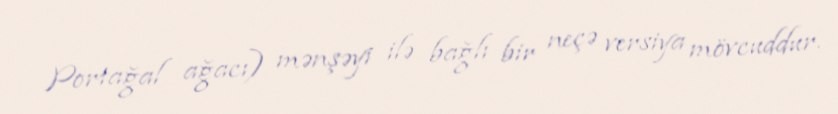
Portağal ağacı) mənşəyi ilə bağlı bir neçə versiya mövcuddur.